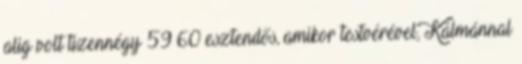
alig volt tizennégy 59 60 esztendős, amikor testvérével, Kálmánnal